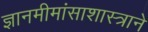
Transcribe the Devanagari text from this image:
ज्ञानमीमांसाशास्त्राने